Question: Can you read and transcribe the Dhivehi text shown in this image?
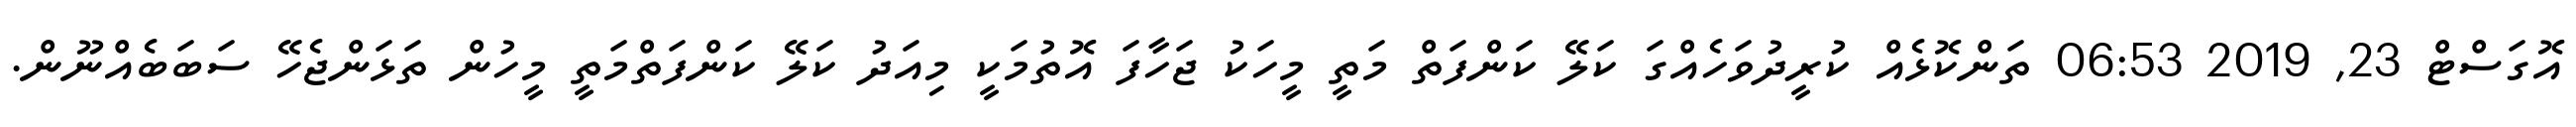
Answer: އޮގަސްޓް 23, 2019 06:53 ތަންކޮޅެއް ކުރީދުވަހެއްގަ ކަލޭ ކަންފަތް މަތީ މީހަކު ޖަހާފަ އޮތުމަކީ މިއަދު ކަލޭ ކަންފަތްމަތީ މީހުން ތަޅަންޖެހޭ ސަބަބެއްނޫން.